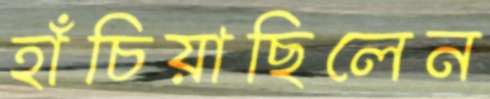
হাঁচিয়াছিলেন